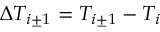
\Delta T _ { i \pm 1 } = T _ { i \pm 1 } - T _ { i }